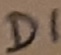
Text: D1